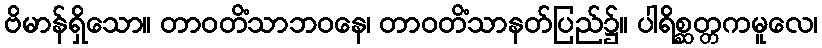
ဗိမာန်ရှိသော။ တာဝတိံသာဘဝနေ၊ တာဝတိံသာနတ်ပြည်၌။ ပါရိစ္ဆတ္တကမူလေ၊